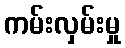
ကမ်းလှမ်းမှု